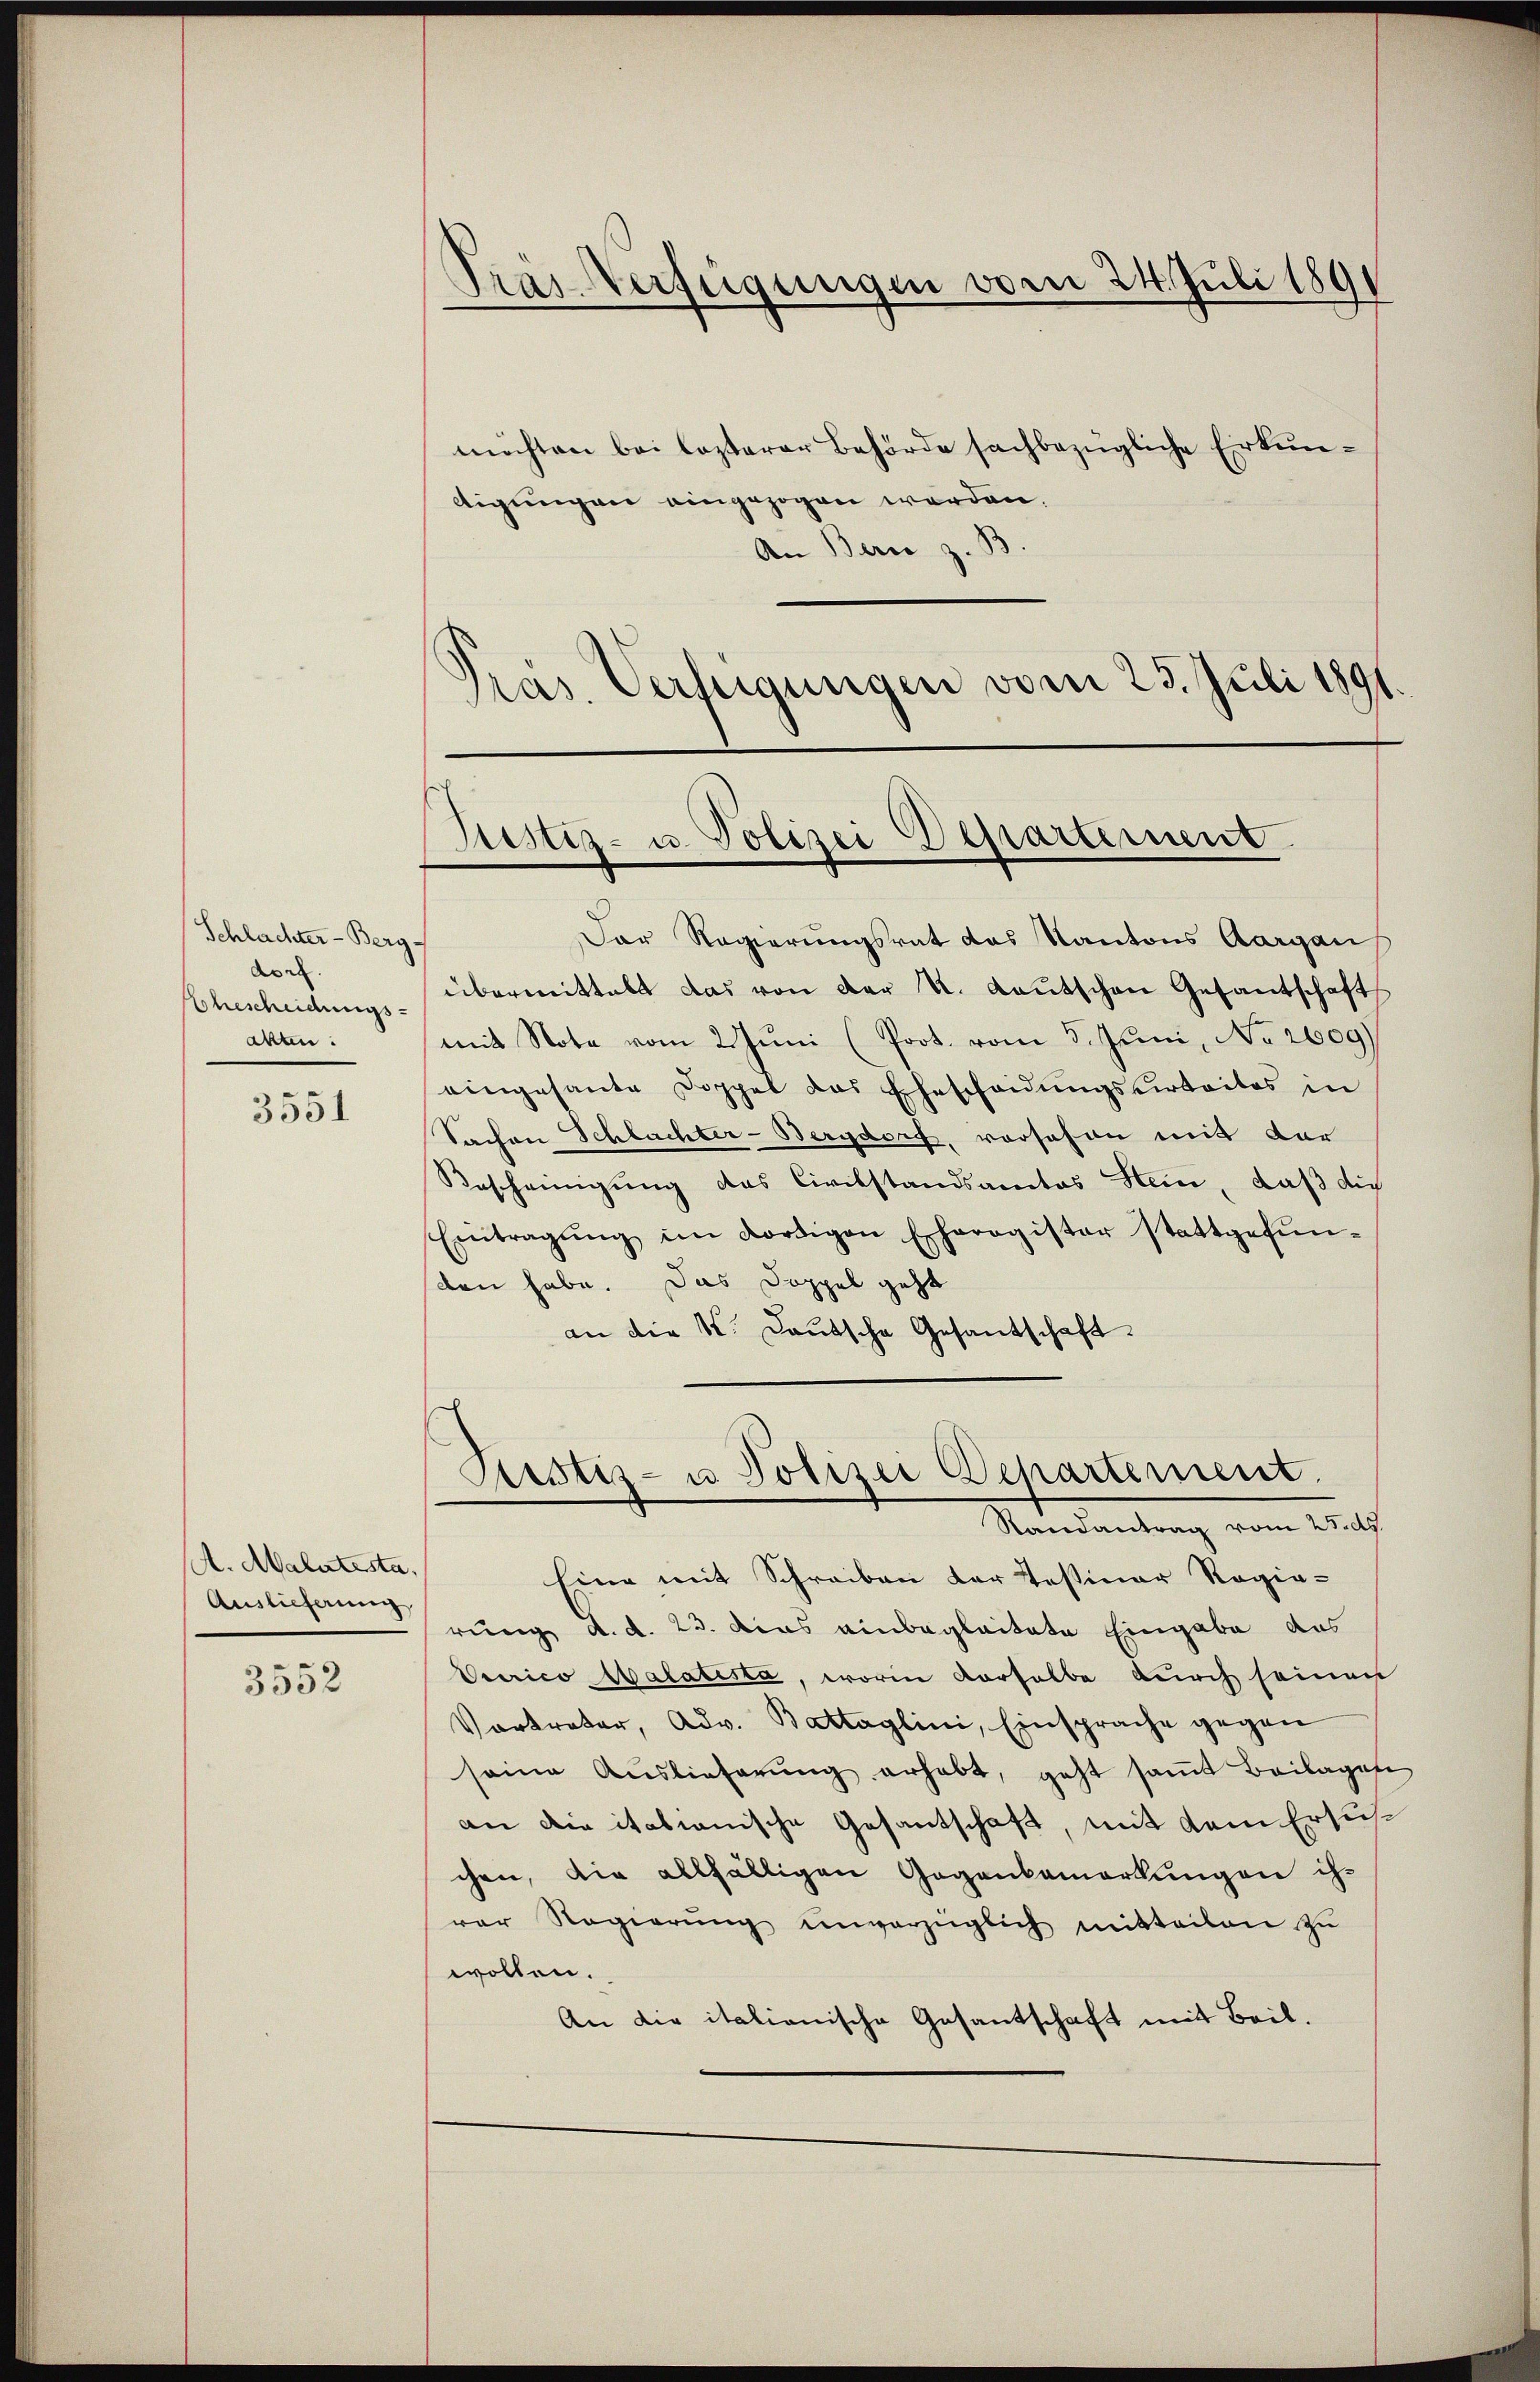
Schlachter-Berg-
dor
Ehescheidungsakten:

3551

A. Malatesta,

3552

Präs. Verfügungen vom 24. Juli 1891
t

möchten bei lezterer Behörde sachbezügliche Erkunttigungen eingezogen werden.
An Bern z. B
Präs. Verfügungen vom 25. Juli 1891.

Justiz- u. Polizei Departement

Justiz- u Polizei Departement.
Randantrag vom 25. d.

Der Regierungsrat das Kantons Aargau
übermittelt das von der K. Lautschen Gesantschaft
mit Note vom 2. Juni (Prot. vom 3. Juni, No 2609)
eingesante Doppel das Ehescheidŭngsurteiles in
Sachen Schlachter-Bergdorf, vorschon mit der
Bescheinigung das Civilstandsamtes Hein, daß die
Eintragŭng im dortigen Eheregister stattgefŭn-
den habe. Das Doppel geht
an die K. Lautsche Gesantschaft.

Eine mit Schreiben der Testiner Regie-
Auslieferung jung d. d. 23. das einbegleitete Eingabe das
Vecrico Salatista, worin derselbe durch seinen
Vortreter, Adv. Battaglini, Einsprache gegen
seine Auslieferŭng erhabt, geht saṁt Beilagene
an die italianische Gesantschaft, mit dem Ersuchchen, die allfälligen Gegenbemerkungen ihver Regierŭng ŭnverzüglich mitteilen zŭ
wollen.
An die italianische Gesantschaft mit Beil.